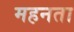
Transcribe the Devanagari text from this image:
महनता